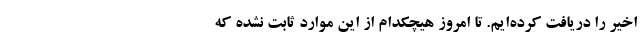
اخیر را دریافت کرده‌ایم. تا امروز هیچکدام از این موارد ثابت نشده که